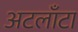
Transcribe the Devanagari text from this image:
अटलाँटा